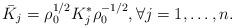
LaTeX: \begin{align*}\bar{K}_j=\rho_0^{1/2}K_j^*\rho_0^{-1/2},\forall j=1,\dots,n.\end{align*}